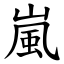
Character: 嵐